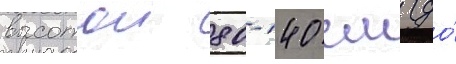
высотои 80-140 см (до́